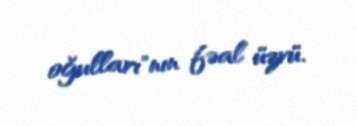
oğulları"nın fəal üzvü.